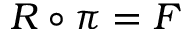
R \circ \pi = F